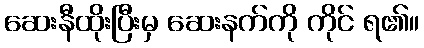
ဆေးနီထိုးပြီးမှ ဆေးနက်ကို ကိုင် ရ၏။